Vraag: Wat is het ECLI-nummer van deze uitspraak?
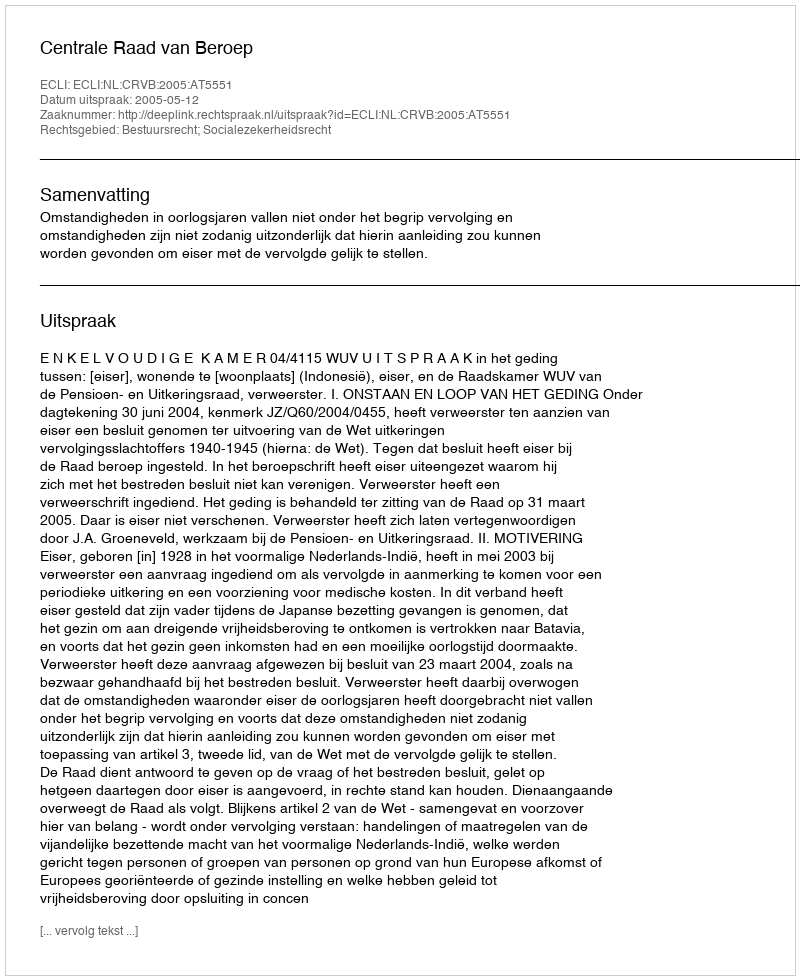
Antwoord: ECLI:NL:CRVB:2005:AT5551